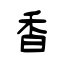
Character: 香